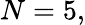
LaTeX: N=5,